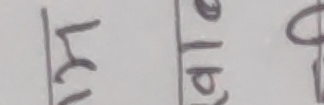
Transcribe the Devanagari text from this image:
ल
एठढ
ए